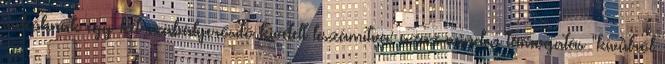
videóknak egy-két szabályerősítő kivételt leszámítva: azaz minden támogatás "kívülről